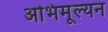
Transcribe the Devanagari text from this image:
अभिमूल्यन